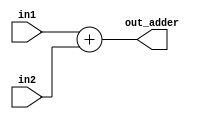
module Adder
  #(parameter width=32)
  (
   input   wire    [width-1:0]     in1,
   input   wire    [width-1:0]     in2,
   output  wire    [width-1:0]     out_adder
  );
  
  
  
assign out_adder=in1+in2;
  
endmodule